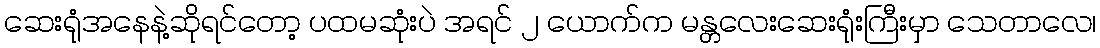
ဆေးရုံအနေနဲ့ဆိုရင်တော့ ပထမဆုံးပဲ အရင် ၂ ယောက်က မန္တလေးဆေးရုံးကြီးမှာ သေတာလေ၊